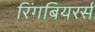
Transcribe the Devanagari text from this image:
रिंगबियरर्स